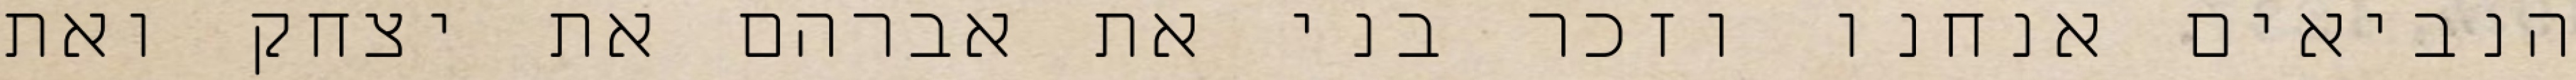
הנביאים אנחנו וזכר בני את אברהם את יצחק ואת